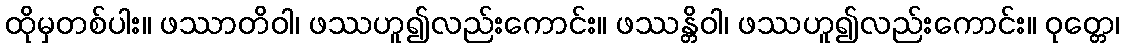
ထိုမှတစ်ပါး။ ဖဿာတိဝါ၊ ဖဿဟူ၍လည်းကောင်း။ ဖဿန္တိဝါ၊ ဖဿဟူ၍လည်းကောင်း။ ဝုတ္တေ၊